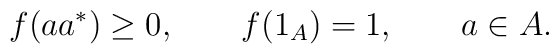
f(aa^*)\geq 0, \qquad f(1_A)=1, \qquad a\in A.